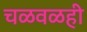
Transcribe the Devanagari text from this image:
चळवळही